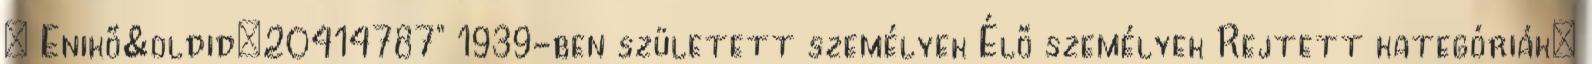
„ Enikő&oldid=20414787” 1939-ben született személyek Élő személyek Rejtett kategóriák: